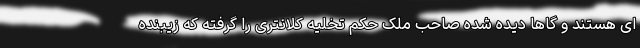
ای هستند و گاها دیده شده صاحب ملک حکم تخلیه کلانتری را گرفته که زیبنده